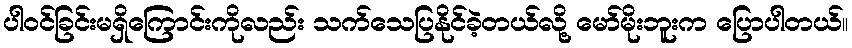
ပါဝင်ခြင်းမရှိကြောင်းကိုလည်း သက်သေပြနိုင်ခဲ့တယ်လို့ မော်မိုးဘူးက ပြောပါတယ်။